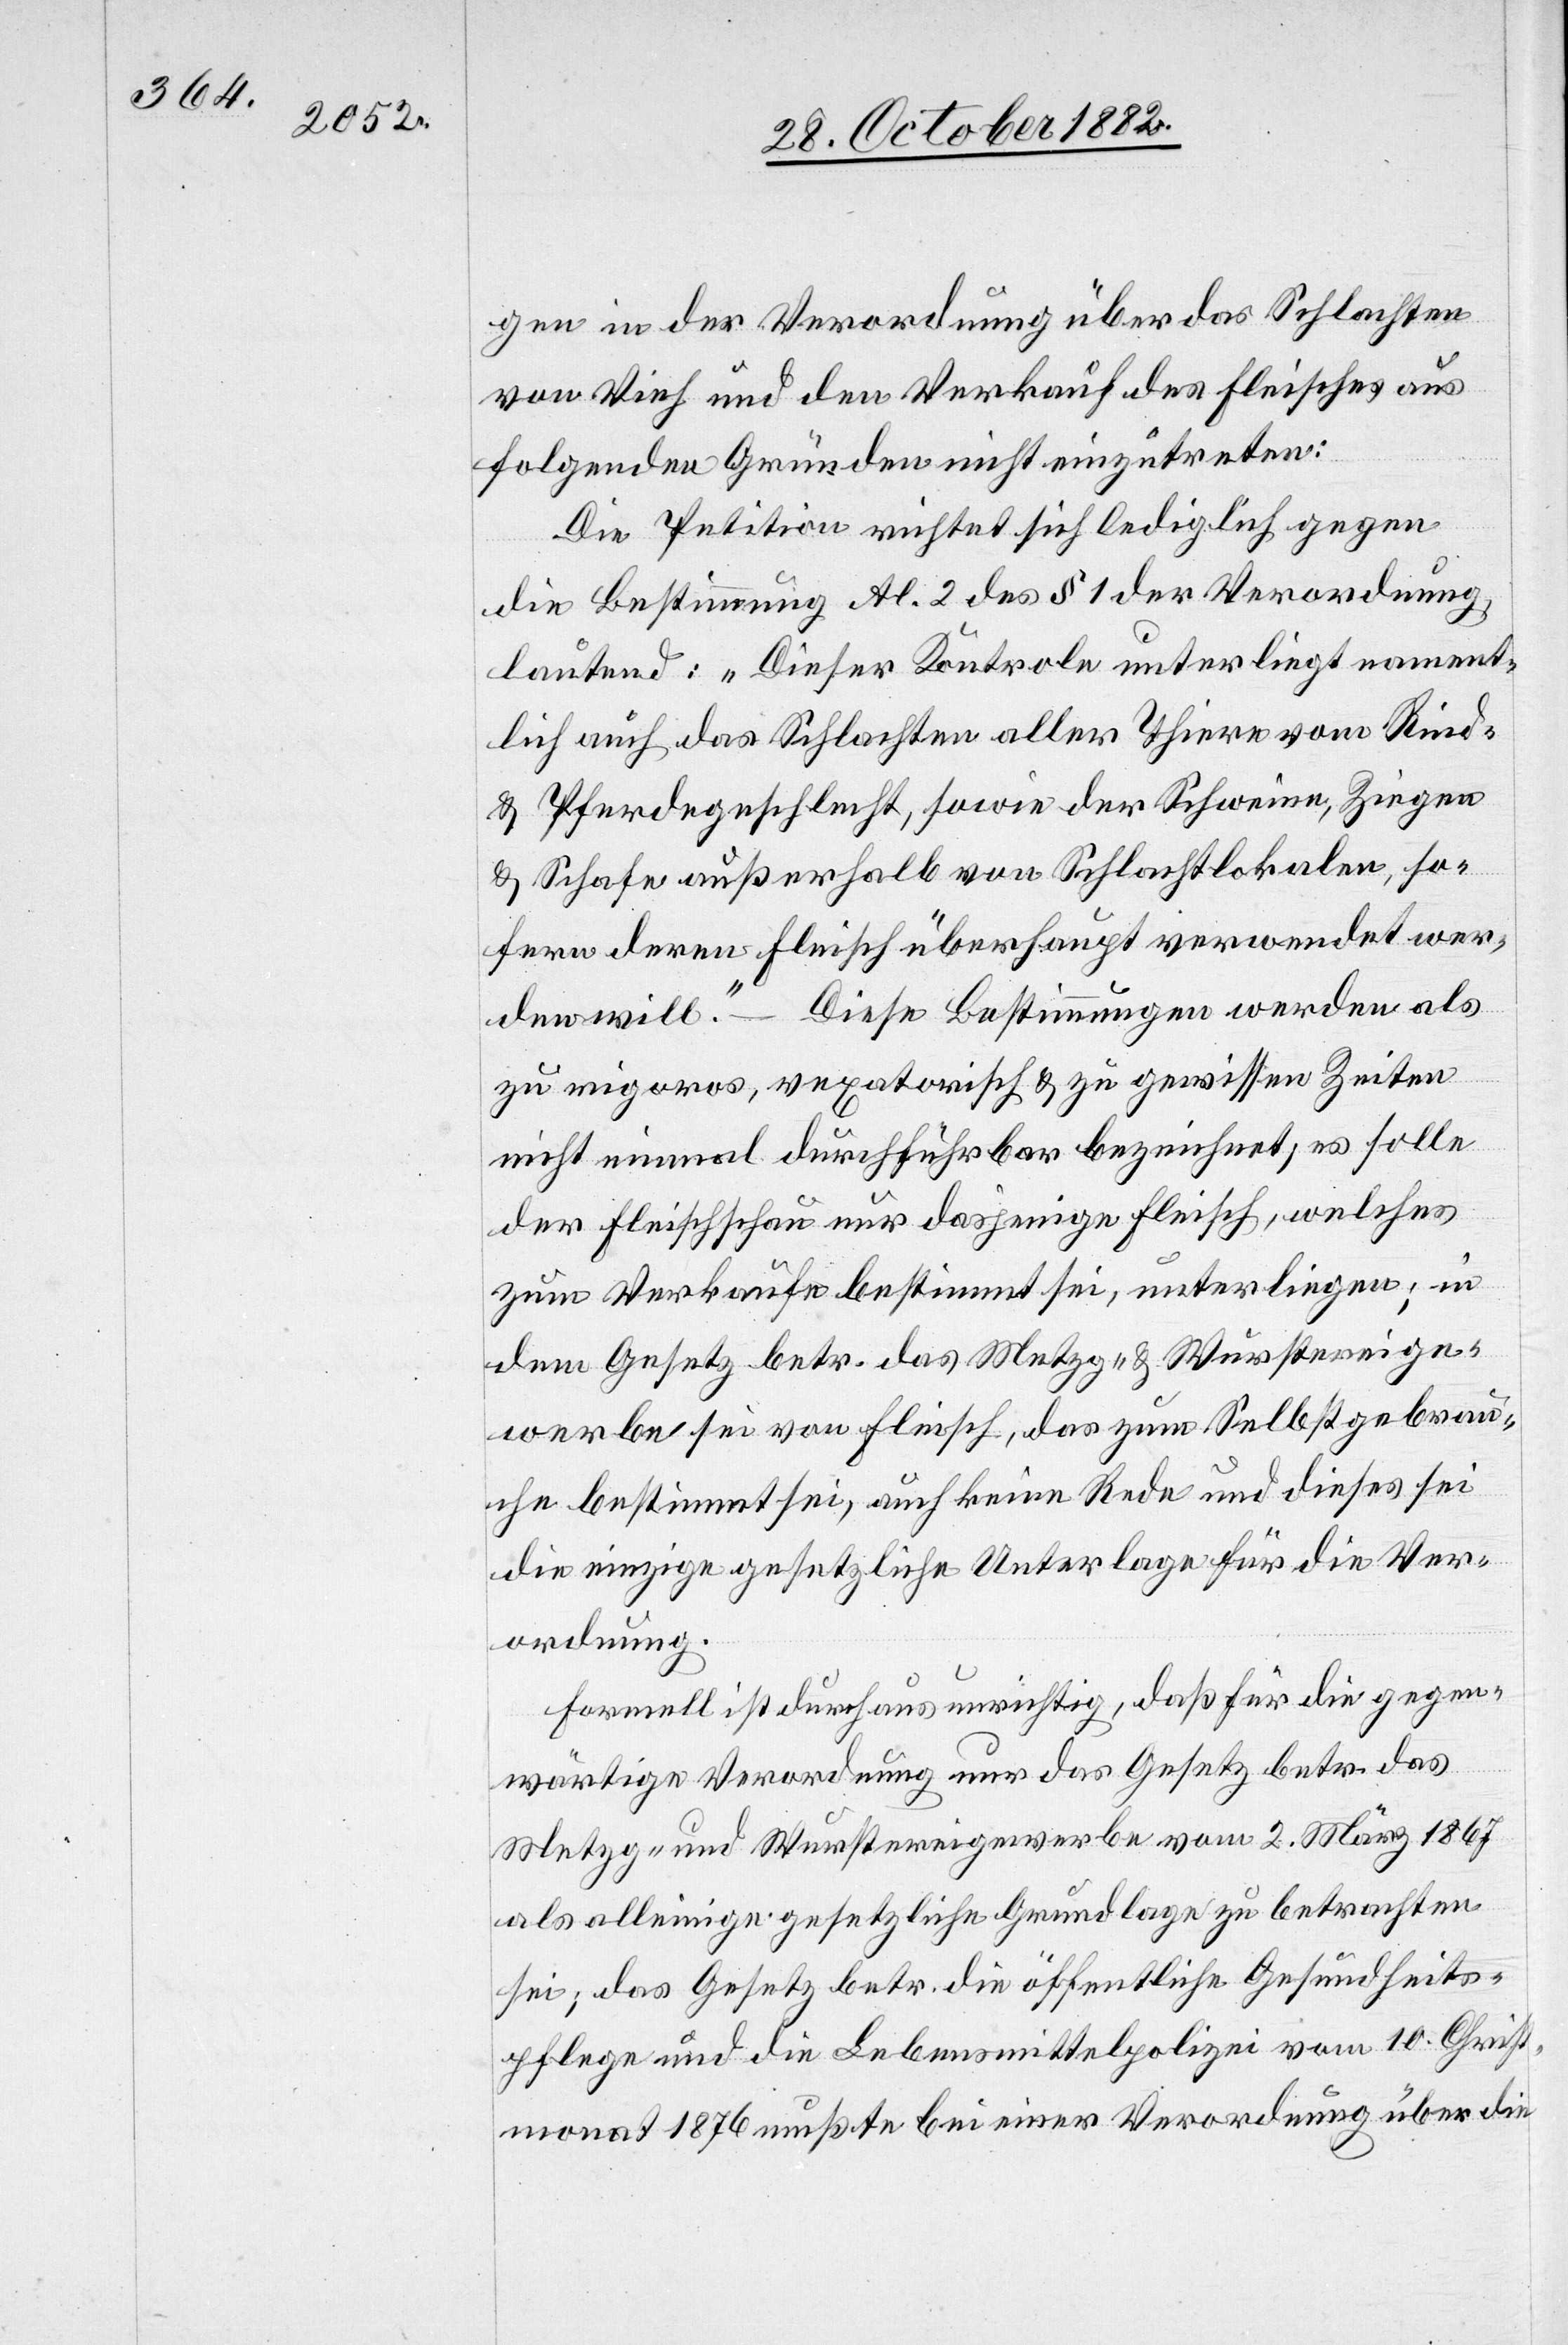
gen in der Verordnung über das Schlachten
von Vieh und den Verkauf des Fleisches aus
folgenden Gründen nicht einzutreten:
Die Petition richtet sich lediglich gegen
die Bestimmung Al. 2 des § 1 der Verordnung,
lautend: „Dieser Kontrole unterliegt nament¬
lich auch das Schlachten aller Thiere vom Rind-
& Pferdegeschlecht, sowie der Schweine, Ziegen
& Schafe außerhalb von Schlachtlokalen, so¬
fern deren Fleisch überhaupt verwendet wer¬
den will.“ – Diese Bestimmungen werden als
zu rigoros, vexatorisch & zu gewissen Zeiten
nicht einmal durchführbar bezeichnet; es solle
der Fleischschau nur dasjenige Fleisch, welches
zum Verkaufe bestimmt sei, unterliegen; in
dem Gesetz betr. das Metzg- & Wurstereige¬
werbe sei von Fleisch, das zum Selbstgebrau¬
che bestimmt sei, auch keine Rede und dieses sei
die einzige gesetzliche Unterlage für die Ver¬
ordnung.
Formell ist durchaus unrichtig, daß für die gegen¬
wärtige Verordnung nur das Gesetz betr. das
Metzg- und Wurstereigewerbe vom 2. März 1867
als alleinige gesetzliche Grundlage zu betrachten
sei; das Gesetz betr. die öffentliche Gesundheits¬
pflege und die Lebensmittelpolizei vom 10. Christ¬
monat 1876 mußte bei einer Verordnung über die